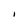
Character: I